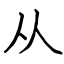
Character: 从